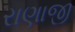
રાણાજી